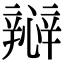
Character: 㦚